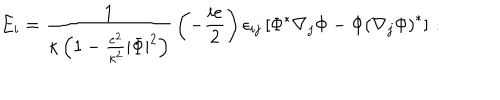
LaTeX: E _ { i } = { \frac { 1 } { \kappa \left( 1 - { \frac { e ^ { 2 } } { \kappa ^ { 2 } } } | \Phi | ^ { 2 } \right) } } \left( - { \frac { i e } { 2 } } \right) \epsilon _ { i j } \left[ \Phi ^ { \ast } \nabla _ { j } \Phi - \Phi \left( \nabla _ { j } \Phi \right) ^ { \ast } \right] \, .